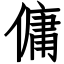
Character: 傭